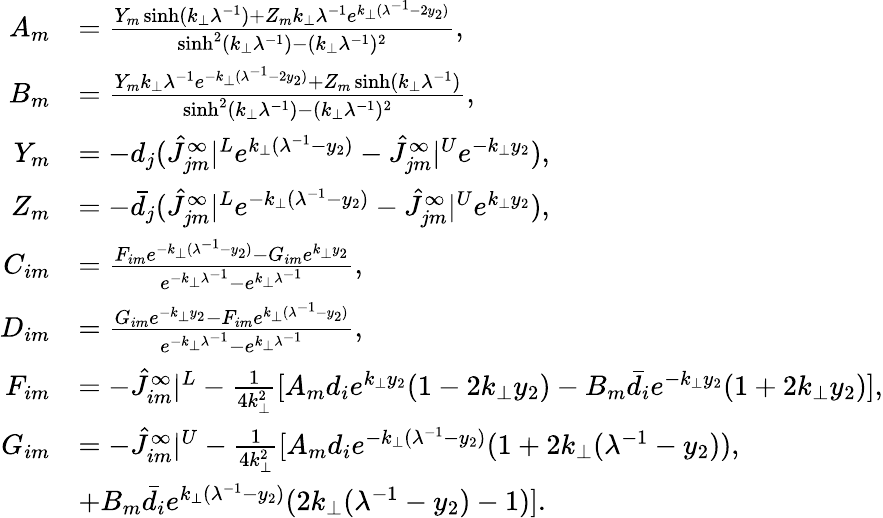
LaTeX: \begin{array}{rl}{A_{m}}&{=\frac{Y_{m}\sinh(k_{\perp}\lambda^{-1})+Z_{m}k_{\perp}\lambda^{-1}e^{k_{\perp}(\lambda^{-1}-2y_{2})}}{\sinh^{2}(k_{\perp}\lambda^{-1})-(k_{\perp}\lambda^{-1})^{2}},}\\ {B_{m}}&{=\frac{Y_{m}k_{\perp}\lambda^{-1}e^{-k_{\perp}(\lambda^{-1}-2y_{2})}+Z_{m}\sinh(k_{\perp}\lambda^{-1})}{\sinh^{2}(k_{\perp}\lambda^{-1})-(k_{\perp}\lambda^{-1})^{2}},}\\ {Y_{m}}&{=-d_{j}(\hat{J}_{jm}^{\infty}|^{L}e^{k_{\perp}(\lambda^{-1}-y_{2})}-\hat{J}_{jm}^{\infty}|^{U}e^{-k_{\perp}y_{2}}),}\\ {Z_{m}}&{=-\bar{d}_{j}(\hat{J}_{jm}^{\infty}|^{L}e^{-k_{\perp}(\lambda^{-1}-y_{2})}-\hat{J}_{jm}^{\infty}|^{U}e^{k_{\perp}y_{2}}),}\\ {C_{im}}&{=\frac{F_{im}e^{-k_{\perp}(\lambda^{-1}-y_{2})}-G_{im}e^{k_{\perp}y_{2}}}{e^{-k_{\perp}\lambda^{-1}}-e^{k_{\perp}\lambda^{-1}}},}\\ {D_{im}}&{=\frac{G_{im}e^{-k_{\perp}y_{2}}-F_{im}e^{k_{\perp}(\lambda^{-1}-y_{2})}}{e^{-k_{\perp}\lambda^{-1}}-e^{k_{\perp}\lambda^{-1}}},}\\ {F_{im}}&{=-\hat{J}_{im}^{\infty}|^{L}-\frac{1}{4k_{\perp}^{2}}[A_{m}d_{i}e^{k_{\perp}y_{2}}(1-2k_{\perp}y_{2})-B_{m}\bar{d}_{i}e^{-k_{\perp}y_{2}}(1+2k_{\perp}y_{2})],}\\ {G_{im}}&{=-\hat{J}_{im}^{\infty}|^{U}-\frac{1}{4k_{\perp}^{2}}[A_{m}d_{i}e^{-k_{\perp}(\lambda^{-1}-y_{2})}(1+2k_{\perp}(\lambda^{-1}-y_{2})),}\\ &{+B_{m}\bar{d}_{i}e^{k_{\perp}(\lambda^{-1}-y_{2})}(2k_{\perp}(\lambda^{-1}-y_{2})-1)].}\end{array}